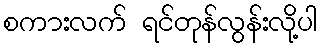
စကားလက် ရင်တုန်လွန်းလို့ပါ